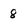
Character: 8